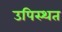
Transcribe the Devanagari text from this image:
उपिस्थत